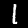
Digit: 1